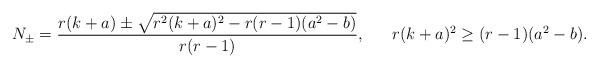
LaTeX: \begin{align*} N_\pm=\frac{r(k+a)\pm\sqrt{r^2(k+a)^2-r(r-1)(a^2-b)}}{r(r-1)}, \ \ \ \ \ r(k+a)^2\geq (r-1)(a^2-b).\end{align*}